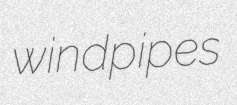
windpipes